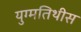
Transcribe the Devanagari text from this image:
युग्मतिथीस